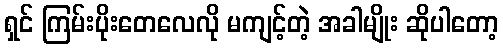
ရှင် ကြမ်းပိုးတေလေလို မကျင့်တဲ့ အခါမျိုး ဆိုပါတော့